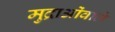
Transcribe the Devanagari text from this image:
मुद्राओंवाले